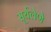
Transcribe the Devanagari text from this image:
सूर्यलेणे